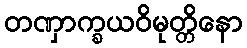
တဏှာက္ခယဝိမုတ္တိနော